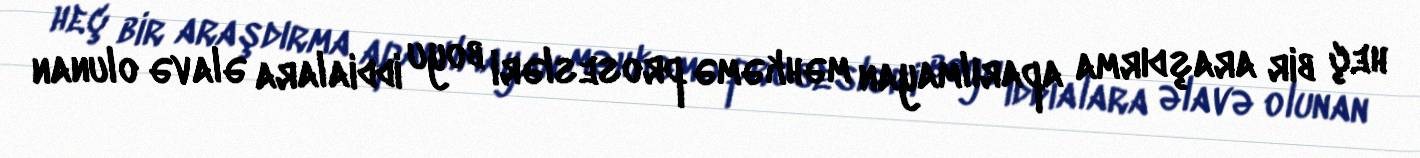
heç bir araşdırma aparılmayan məhkəmə prosesləri boyu iddialara əlavə olunan